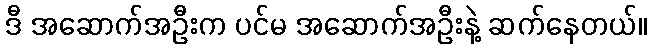
ဒီ အဆောက်အဦးက ပင်မ အဆောက်အဦးနဲ့ ဆက်နေတယ်။